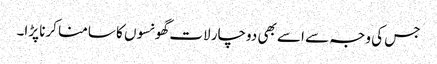
جس کی وجہ سے اسے بھی دوچار لات گھونسوں کا سامنا کرنا پڑا۔